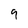
Character: 9